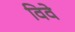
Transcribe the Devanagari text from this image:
विवे